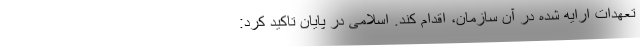
تعهدات ارایه شده در آن سازمان، اقدام کند. اسلامی در پایان تاکید کرد: